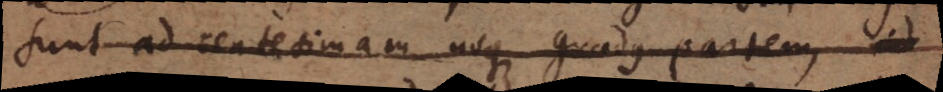
sunt ad centesimam usque gradus partem ad